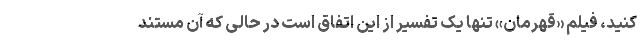
کنید، فیلم «قهرمان» تنها یک تفسیر از این اتفاق است در حالی که آن مستند